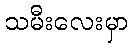
သမီးလေးမှာ